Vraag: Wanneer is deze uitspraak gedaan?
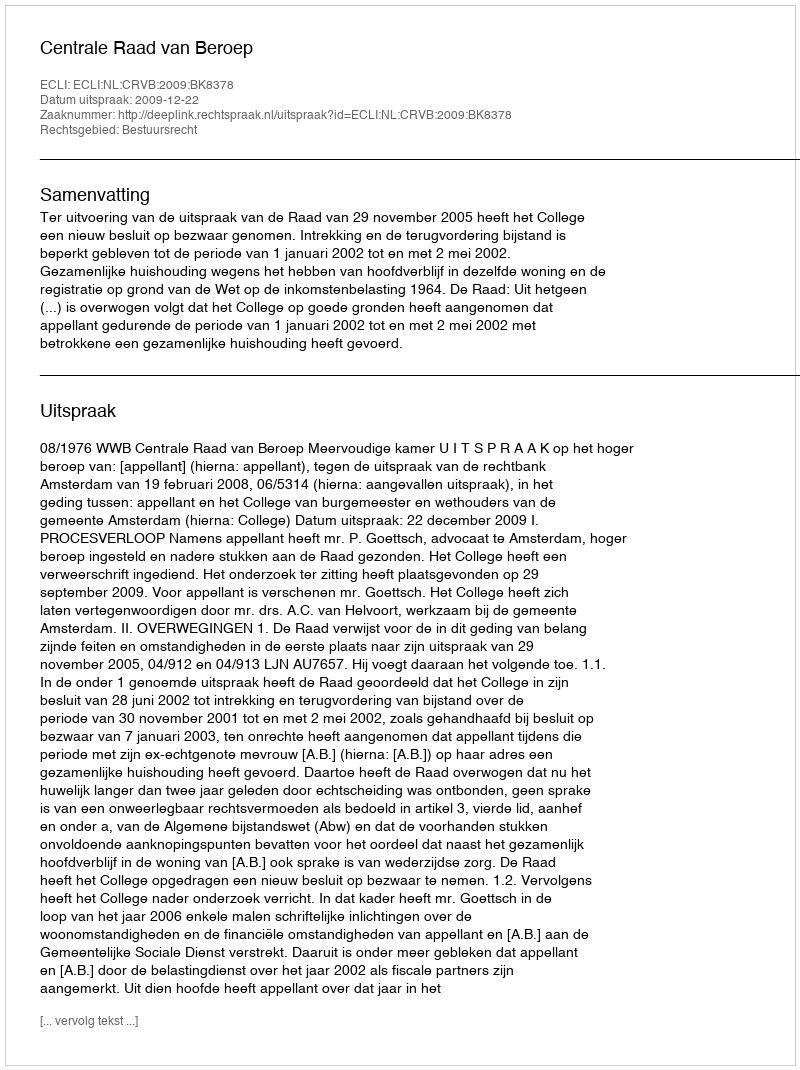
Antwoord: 2009-12-22